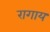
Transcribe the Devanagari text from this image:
रागाय